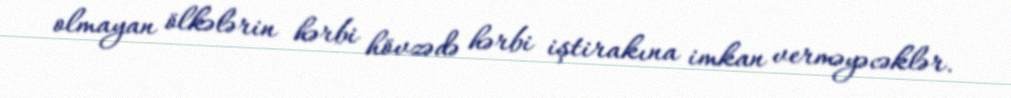
olmayan ölkələrin hərbi hövzədə hərbi iştirakına imkan verməyəcəklər.